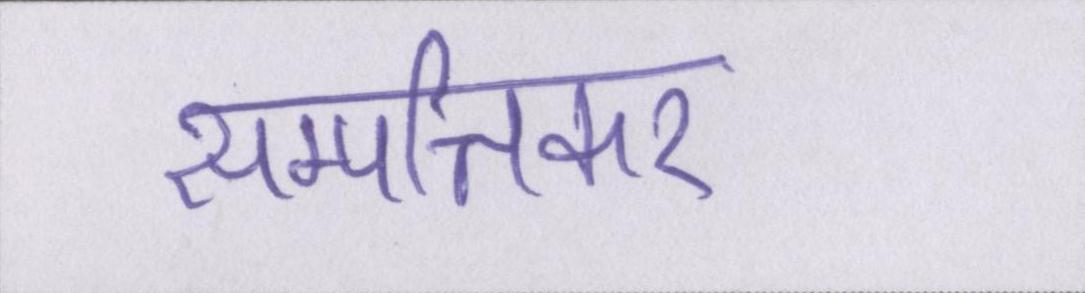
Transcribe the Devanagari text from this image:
सम्पत्तिकर